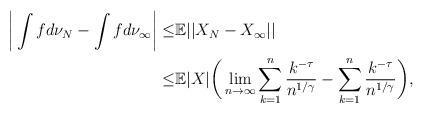
LaTeX: \begin{align*}\bigg|\int fd\nu_N-\int fd\nu_{\infty}\bigg|\le&\mathbb{E}||X_N-X_{\infty}||\\\le&\mathbb{E}|X|\bigg(\lim_{n\to\infty}\sum_{k=1}^{n}\frac{k^{-\tau}}{n^{1/\gamma}}-\sum_{k=1}^{n}\frac{k^{-\tau}}{n^{1/\gamma}}\bigg),\end{align*}